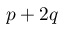
p + 2 q